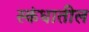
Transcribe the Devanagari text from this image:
स्कंधातील